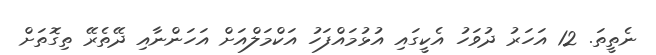
ނެތީތަ. 12 އަހަރު ދުވަހު އެކީގައި އުޅުމައްފަހު އަކްމަލްއަށް އަހަންނާއި ދޭތެރޭ ތިގޮތަށް